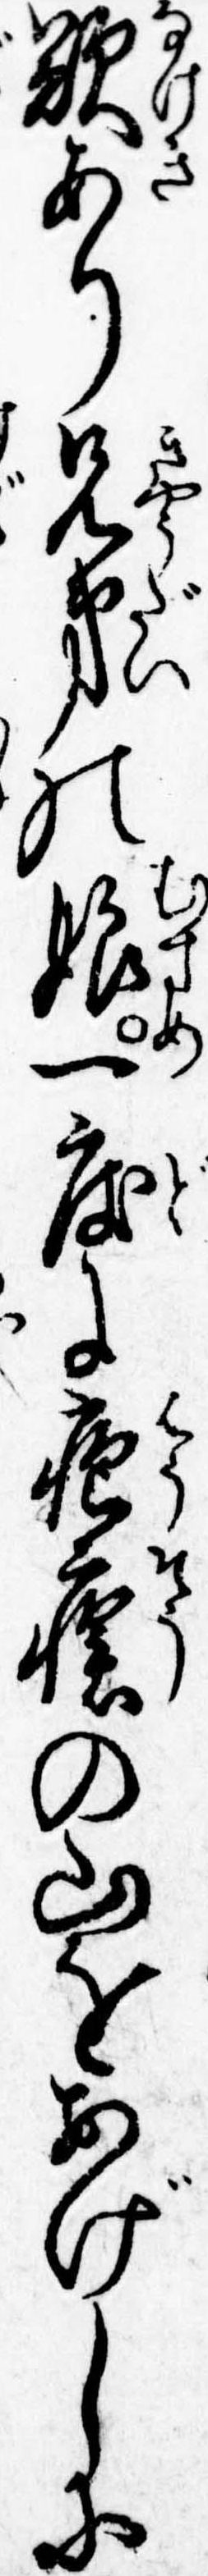
歎あり兄弟の娘一度に疱瘡の山をあげしに